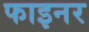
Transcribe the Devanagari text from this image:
फाइनर